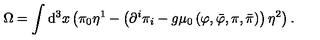
\Omega = \int \mathrm { d } ^ { 3 } x \left( \pi _ { 0 } \eta ^ { 1 } - \left( \partial ^ { i } \pi _ { i } - g \mu _ { 0 } \left( \varphi , \bar { \varphi } , \pi , \bar { \pi } \right) \right) \eta ^ { 2 } \right) .